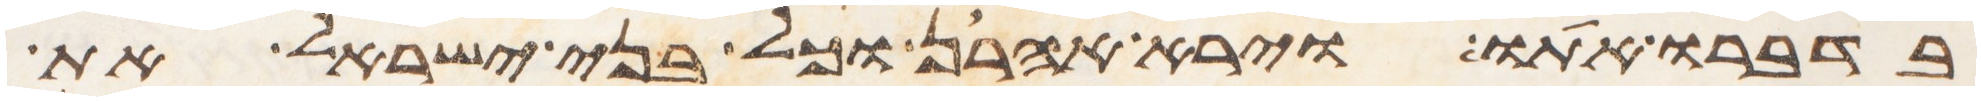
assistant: בדברו אתו וירא אהרן וכל בני ישראל את